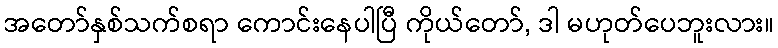
အတော်နှစ်သက်စရာ ကောင်းနေပါပြီ ကိုယ်တော်, ဒါ မဟုတ်ပေဘူးလား။